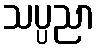
သပ္ပညာ